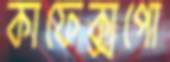
কাফেক্সপো